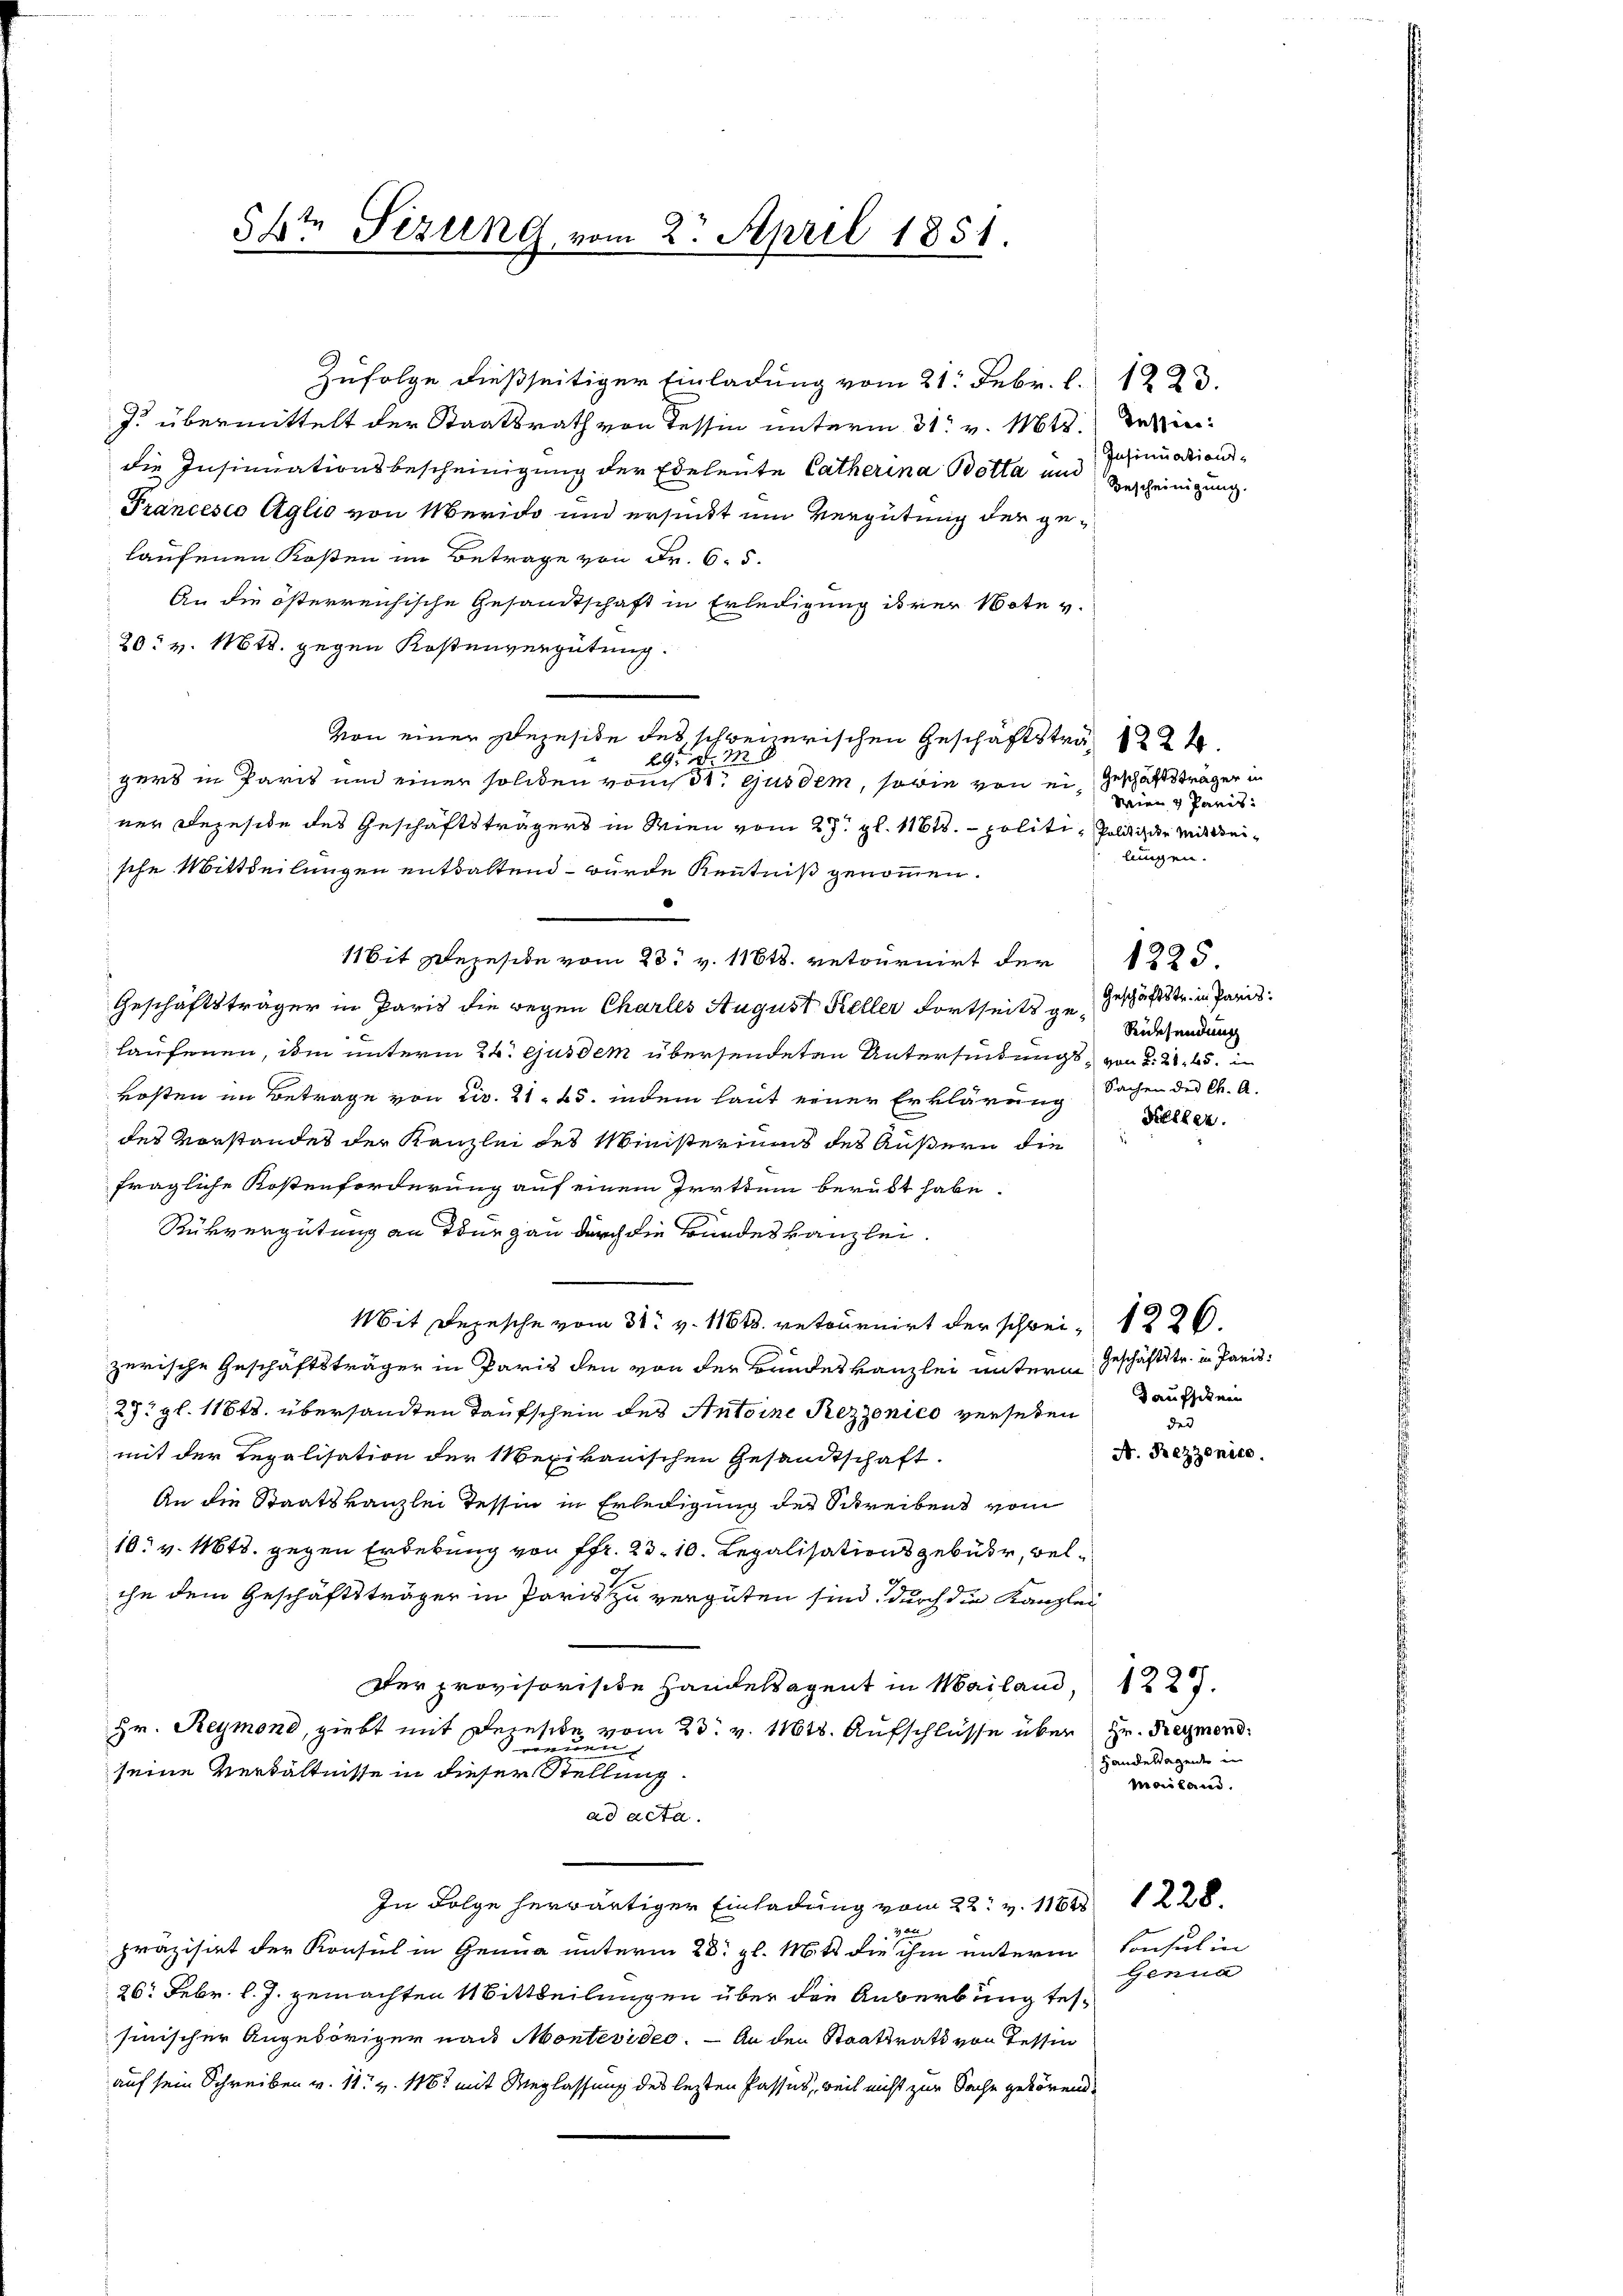
5te Sizung vom 2. April 1851.

J. übermittelt der Staatsrath von Tessin unterm 31. v. Mts. Tessindie Insinuationsbescheinigung der Eheleute Catherina Botta und Bescheinigung
Francesco Aglio von Merido und ersinkt um Vergütung der gelaufenen Kosten im Betrage von Fr. 6. 5.
An die österreichische Gesandtschaft in Erledigung ihrer Note v.
20. v. Mts. gegen Kostenvergütung.
Von einer Bezeite des schweizerischen Geschäftsträg 1 224.
29t d. M.
ner Rezeside des Geschäftsträgers in Wien vom 27. gl. 1181. politi, Politi die Mittheische Mittheilungen entstaltend – wurde Kenntniß genommen.
Mit Bezusehe vom 23. v. 11818. retournirt der 1225.
Geschäftsträger in Paris die wegen Charles August Keller Fortseits ge-
haufenen, ihm unterm 24. ejusdem übersendeten Unterfindungs von 2. 265.
kosten im Betrage von Civ. 21. 25. indem laut einer Erklärung
des Vorstandes der Kanzlei des Ministeriums des Äußern die
fragliche Kostenforderung auf einem Prettem berübt habe
Rükvergütung an Tönegau durch die Bundeskanzlei.
Mit Depesche vom 31. v. 11618. retournirt der schwei- 1226.
zerische Geschäftsträger in Paris den von der Bundeskanzlei unterm Geschäftstr. in Paris,
27. gl. 11818. übersandten Taufschein des Antoine Rezzonico versehen
mit der Regalisation der Mexikanischen Gesandtschaft.
An die Staatskanzlei Tessin in Erledigung der Schreibens vom
10. v. 1648. gegen Erdebung von Fr. 23. 10. Legalisationsgebühr, welihe dem Geschäftsträger in Paris zu vergüten sind, durch die Kanzlei
Der provisorisite Handelagent in Mailand,
Hr. Reymond, giebt mit Deinsche vom 23. v. 11618. Aufschlüsse über Hr. Reymond
reuen
seine Verhältnisse in dieser Stellung.
ad acta.
In Folge herwärtiger Einladung vom 22. v. 1161 1228.
zan
präzisiert der Konsul in Genua unterm 28. gl. Mitt die ihm unterm
26. Febr. l. J. gemachten Mittheilungen über die Anberbung tessinischer Angehöriger nach Montevideo. — An den Staatsrath von Tessin
auf sein Schreiben v. 11. v. 1162 mit Weglassung des lezten Passus, weil nicht zur Sache gehörend¬

gers in Paris und einer solchen vonst. ejusdem, sowie von ein Geschäftsträger in

Zufolge dießseitiger Einladung vom 21. Febr. l. 1223.

Insinuations¬

Wien u Paris.
lungen.

Geschäftstr. in Paris
Rücksendung
Sachen des Ch. A.

Feller.

daufschen
dur
A. Rezzonica.

1227.
Handelsagent in
Mailand.

Consul in
Genua